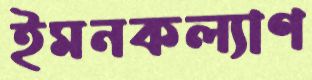
ইমনকল্যাণ